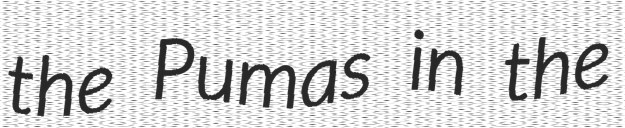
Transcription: the Pumas in the